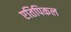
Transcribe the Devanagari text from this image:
एतिपिकल